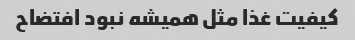
کیفیت غذا مثل همیشه نبود افتضاح